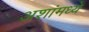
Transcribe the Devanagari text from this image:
अशांमध्ये